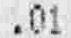
.01